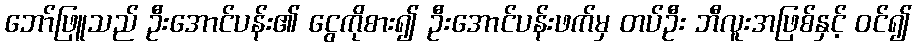
ဘော်ဖြူသည် ဦးအောင်ပန်း၏ ငွေကိုစား၍ ဦးအောင်ပန်းဖက်မှ တပ်ဦး ဘီလူးအဖြစ်နှင့် ဝင်၍